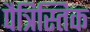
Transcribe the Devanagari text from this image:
पैत्रिस्तिक